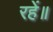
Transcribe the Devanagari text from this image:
रहें॥